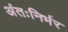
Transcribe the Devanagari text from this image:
अंतःनिर्भर